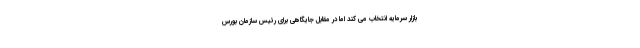
بازار سرمایه انتخاب می کند اما در مقابل جایگاهی برای رئیس سازمان بورس